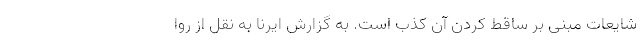
شایعات مبنی بر ساقط کردن آن کذب است. به گزارش ایرنا به نقل از روا